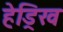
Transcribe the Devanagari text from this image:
हेड्रिख